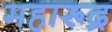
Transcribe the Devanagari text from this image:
महारूद्र